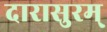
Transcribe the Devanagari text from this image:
दारासुरम्